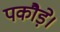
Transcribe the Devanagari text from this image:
पकौड़े।